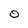
Character: 0